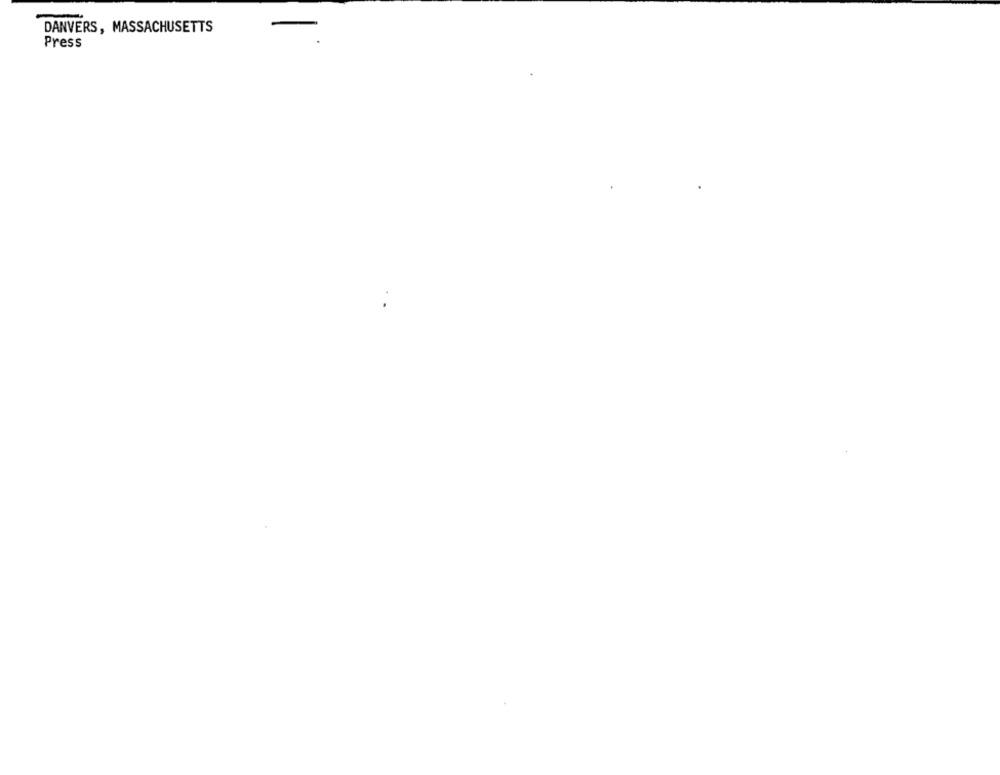
DANVERS, MASSACHUSETTS
-
Press